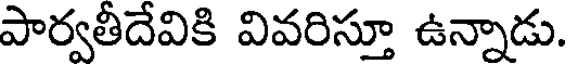
పార్వతీదేవికి వివరిస్తూ ఉన్నాడు.